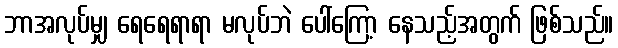
ဘာအလုပ်မျှ ရေရေရာရာ မလုပ်ဘဲ ပေါ်ကြော့ နေသည့်အတွက် ဖြစ်သည်။